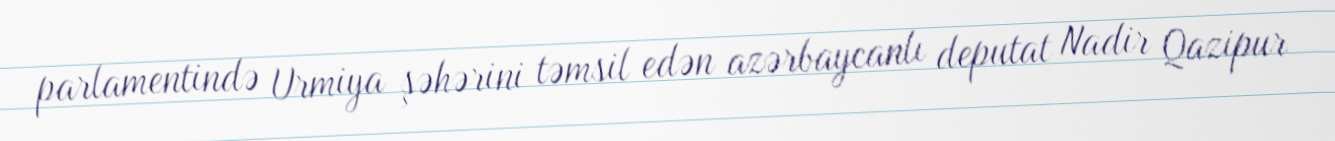
parlamentində Urmiya şəhərini təmsil edən azərbaycanlı deputat Nadir Qazipur